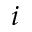
i